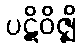
ပဋိဝိဇ္ဈိ